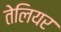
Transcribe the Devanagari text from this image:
तेलियर